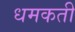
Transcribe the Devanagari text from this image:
धमकती